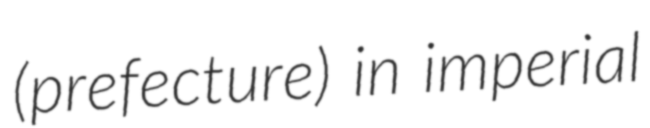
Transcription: (prefecture) in imperial